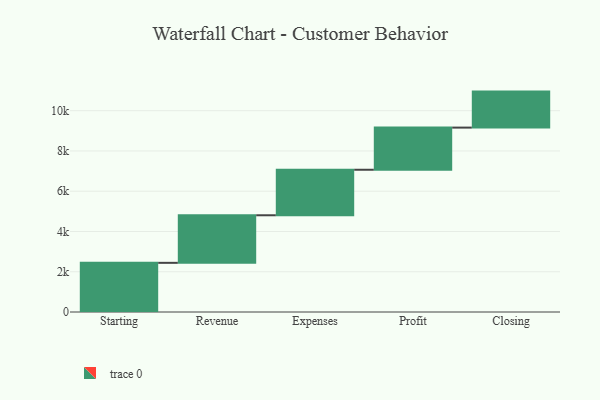
{"axis": {"x": "Step", "y": "Value"}, "legend": [""], "data": [{"x": "Starting", "y": 2442.0, "type": ""}, {"x": "Revenue", "y": 2363.0, "type": ""}, {"x": "Expenses", "y": 2261.0, "type": ""}, {"x": "Profit", "y": 2094.0, "type": ""}, {"x": "Closing", "y": 1788.0, "type": ""}]}